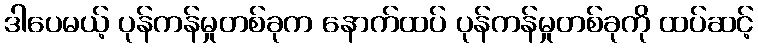
ဒါပေမယ့် ပုန်ကန်မှုတစ်ခုက နောက်ထပ် ပုန်ကန်မှုတစ်ခုကို ထပ်ဆင့်